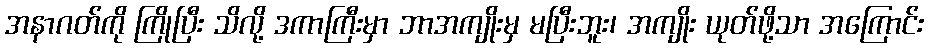
အနာဂတ်ကို ကြိုပြီး သိလို့ ဒကာကြီးမှာ ဘာအကျိုးမှ မပြီးဘူး၊ အကျိုး ယုတ်ဖို့သာ အကြောင်း